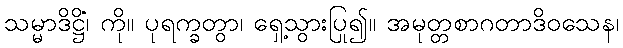
သမ္မာဒိဋ္ဌိံ၊ ကို။ ပုရက္ခတွာ၊ ရှေ့သွားပြု၍။ အမုတ္တစာဂတာဒိဝသေန၊